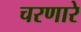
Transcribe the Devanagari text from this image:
चरणारे